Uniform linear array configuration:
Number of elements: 4
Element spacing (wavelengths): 1
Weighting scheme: kaiser
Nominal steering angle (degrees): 60
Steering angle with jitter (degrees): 59.504
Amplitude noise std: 0.05
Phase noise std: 0.05

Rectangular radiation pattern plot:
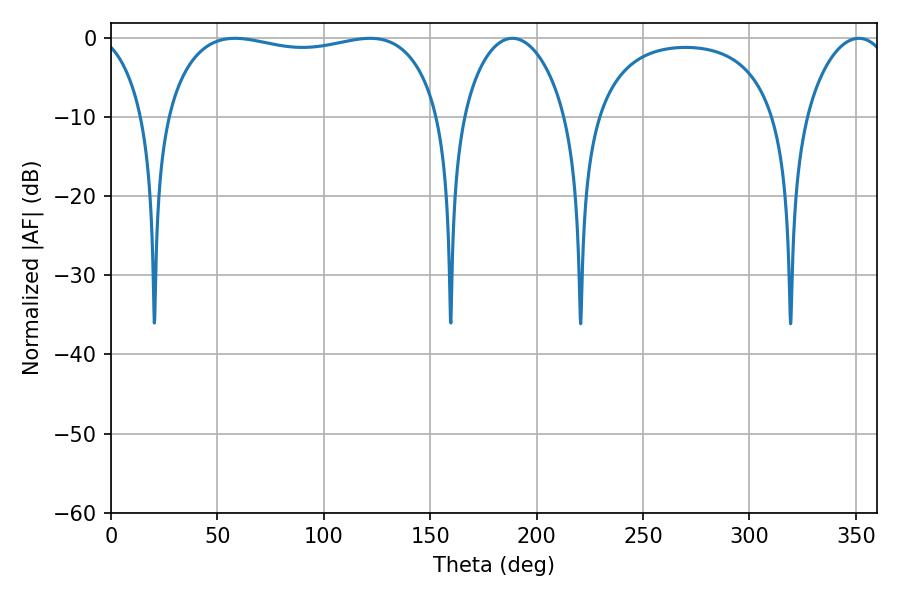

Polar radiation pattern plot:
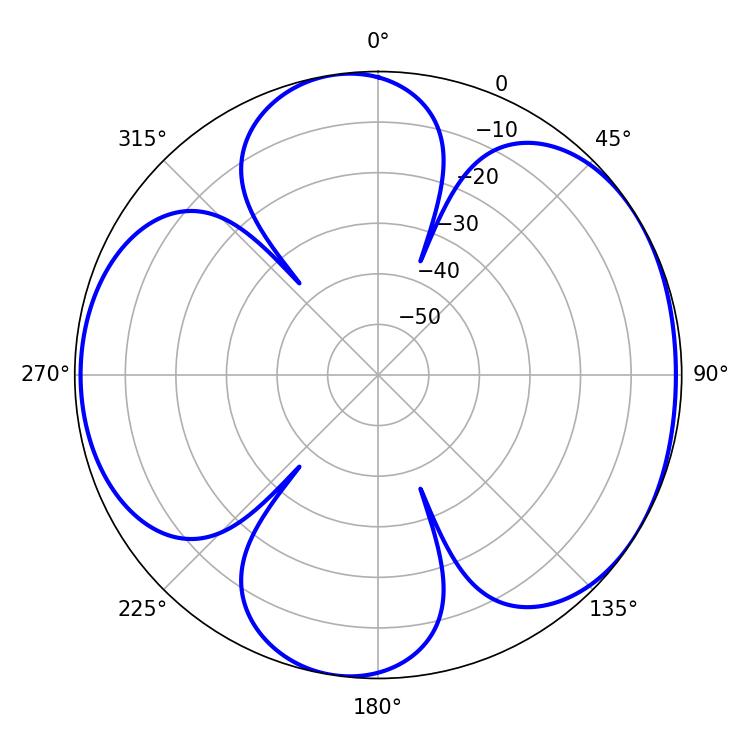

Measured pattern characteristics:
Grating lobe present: TRUE
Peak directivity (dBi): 5.53
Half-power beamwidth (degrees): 27.54
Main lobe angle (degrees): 188.64